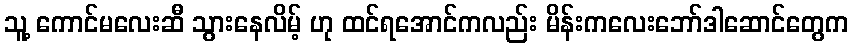
သူ့ ကောင်မလေးဆီ သွားနေလိမ့် ဟု ထင်ရအောင်ကလည်း မိန်းကလေးဘော်ဒါဆောင်တွေက